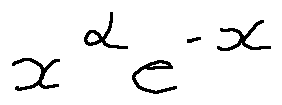
x ^ { \alpha } e ^ { - x }